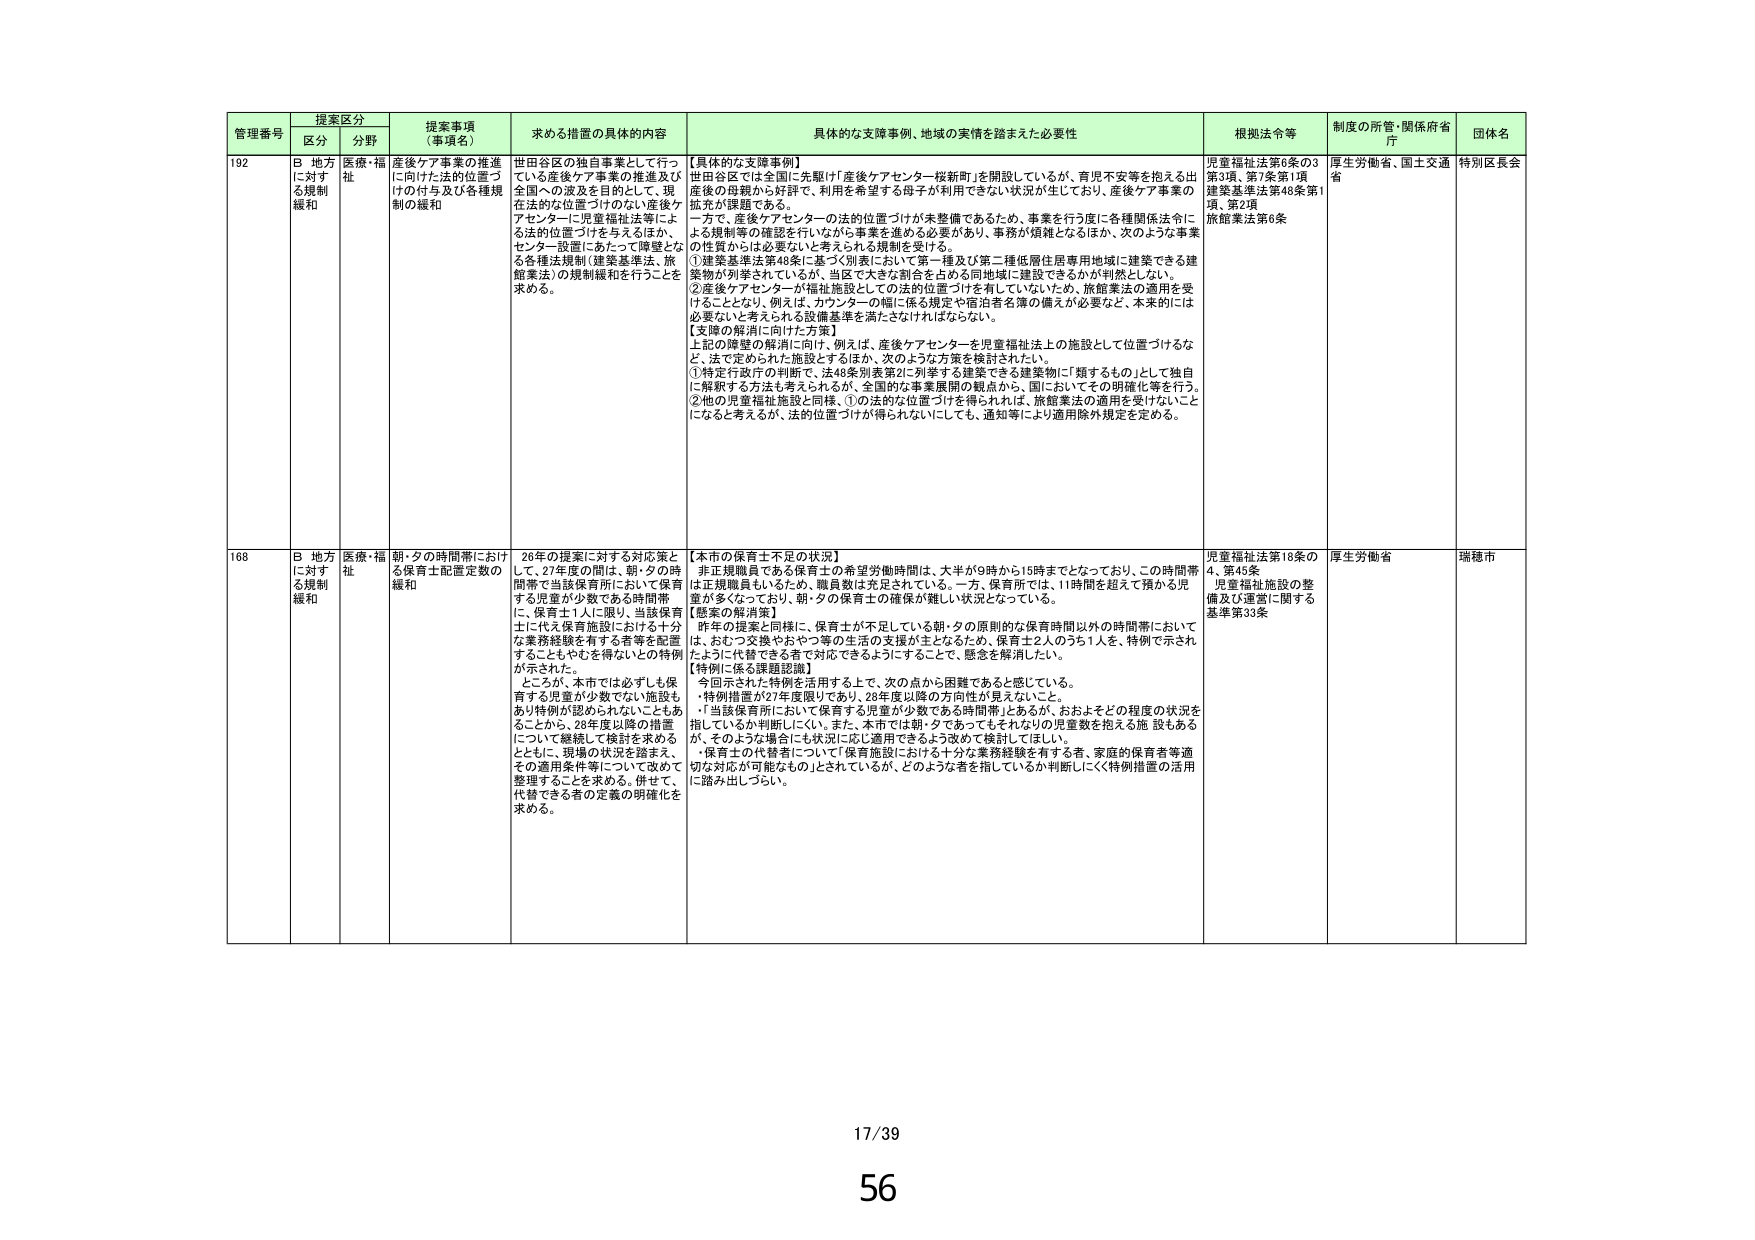
管理番号 提案区分 提案事項（事項名） 求める措置の具体的内容 具体的な支援事例、地域の実情を踏まえた必要性 根拠法令等 制度の所管・関係府省庁 団体名
区分 分野
192 B 地方に対する規制緩和 医療・福祉 産後ケア事業の推進に向けた法的位置づけの付与及び各種規制の緩和 世田谷区の独自事業として行っている産後ケア事業の推進及び全国への波及を目的として、現在法的な位置づけのない産後ケアセンターに児童福祉法等による法的位置づけを与えるほか、センター設置にあたっての障壁となる各種法規制（建築基準法、旅館業法）の規制緩和を行うことを求める。 【具体的な支援事例】 世田谷区では全国に先駆け「産後ケアセンター桜新町」を開設しているが、育児不安等を抱える出産後の母親から好評で、利用を希望する母子が利用できない状況が生じており、産後ケア事業の拡充が課題である。 一方で、産後ケアセンターの法的位置づけが未整備であるため、事業を行う度に各種関係法令による規制等の確認を行いながら事業を進める必要があり、事務が煩雑となるほか、次のような事業の性質からは必要ないと考えられる規制を受ける。 ①建築基準法第48条に基づく別表において第一種及び第二種低層住居専用地域に建築できる建築物が別表されているが、当区で大きな割合を占める同地域に建設できるかが判然としない。 ②産後ケアセンターが福祉施設としての法的位置づけを有していないため、旅館業法の適用を受けることとなり、例えば、カウンターの幅に係る規定や宿泊者名簿の備えが必要など、本来的には必要ないと考えられる設備基準を満たさなければならない。 【支障の解消に向けた方策】 上記の障壁の解消に向け、例えば、産後ケアセンターを児童福祉法上の施設として位置づけるなど、法で定められた施設とするほか、次のような方策を検討されたい。 ①特定行政庁の判断で、法48条別表第2に列挙する建築できる建築物に「類するもの」として独自に解釈する方法も考えられるが、全国的な事業展開の観点から、国においてその明確化等を行う。 ②他の児童福祉施設と同様、①の法的な位置づけを得られれば、旅館業法の適用を受けないことになると考えるが、法的位置づけが得られないとしても、通知等により適用除外規定を定める。 児童福祉法第6条の3第3項、第7条第1項 建築基準法第48条第1項、第2項 旅館業法第6条 厚生労働省、国土交通省 特別区長会
168 B 地方に対する規制緩和 医療・福祉 朝・夕の時間帯における保育士配置定数の緩和 26年の提案に対する対応策として、27年度の間は、朝・夕の時間帯で当該保育所において保育する児童が少数である時間帯に、保育士1人に限り、当該保育士に代え保育施設における十分な業務経験を有する者等を配置することもやむを得ないとの特例が示された。 ところが、本市では必ずしも保育する児童が少数でない施設もあり特例が認められないこともあることから、28年度以降の措置について継続して検討を求めるとともに、現場の状況を踏まえ、その適用条件等について改めて整理することを求める。併せて、代替できる者の定義の明確化を求める。 【本市の保育士不足の状況】 非正規職員である保育士の希望労働時間は、大半が9時から15時までとなっており、この時間帯は正規職員も含め、職員数は充足されている。一方、保育所では、11時間を超えて預かる児童が多くなっており、朝・夕の保育士の確保が難しい状況となっている。 【懸案の解消策】 昨年の提案と同様に、保育士が不足している朝・夕の原則的な保育時間以外の時間帯においては、おむつ交換やおやつ等の生活の支援が主となるため、保育士2人のうち1人を、特例で示されたように代替できる者で対応できるようにすることで、懸念を解消したい。 【特例に係る課題認識】 今回示された特例を活用する上で、次の点から困難であると感じている。 ・特例措置が27年度限りであり、28年度以降の方向性が見えないこと。 ・「当該保育所において保育する児童が少数である時間帯」とあるが、おおよそどの程度の状況を指しているか判断しにくい。また、本市では朝・夕であってもそれなりの児童数を抱える施設もあるが、そのような場合にも状況に応じ適用できるよう改めて検討してほしい。 ・保育士の代替者について「保育施設における十分な業務経験を有する者、家庭的保育者等適切な対応が可能なもの」とされているが、どのような者を指しているか判断しにくく特例措置の活用に踏み出しにくい。 児童福祉法第18条の4、第45条 児童福祉施設の整備及び運営に関する基準第33条 厚生労働省 瑞穂市
17/39
56